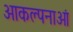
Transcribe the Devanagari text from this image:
आकल्पनाओं